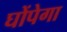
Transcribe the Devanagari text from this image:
घोंपेगा